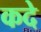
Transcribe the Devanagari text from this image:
कदे